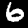
Digit: 6